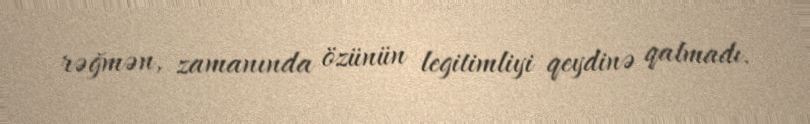
rəğmən, zamanında özünün legitimliyi qeydinə qalmadı.